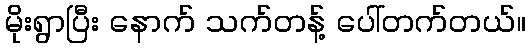
မိုးရွာပြီး နောက် သက်တန့် ပေါ်တက်တယ်။